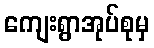
ကျေးရွာအုပ်စုမှ